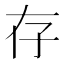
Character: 存